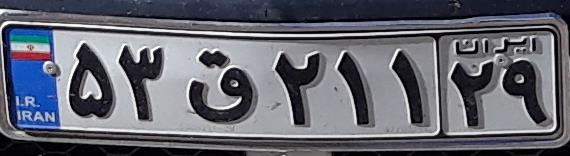
۵۳ق۲۱۱۲۹